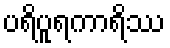
ပရိပူရကာရိဿ